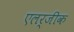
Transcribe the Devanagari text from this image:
एलर्जीक